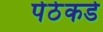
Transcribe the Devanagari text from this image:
पेठेकडे